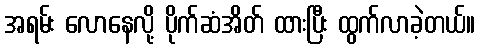
အရမ်း လောနေလို့ ပိုက်ဆံအိတ် ထားပြီး ထွက်လာခဲ့တယ်။